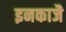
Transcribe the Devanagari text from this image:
इनकाजै